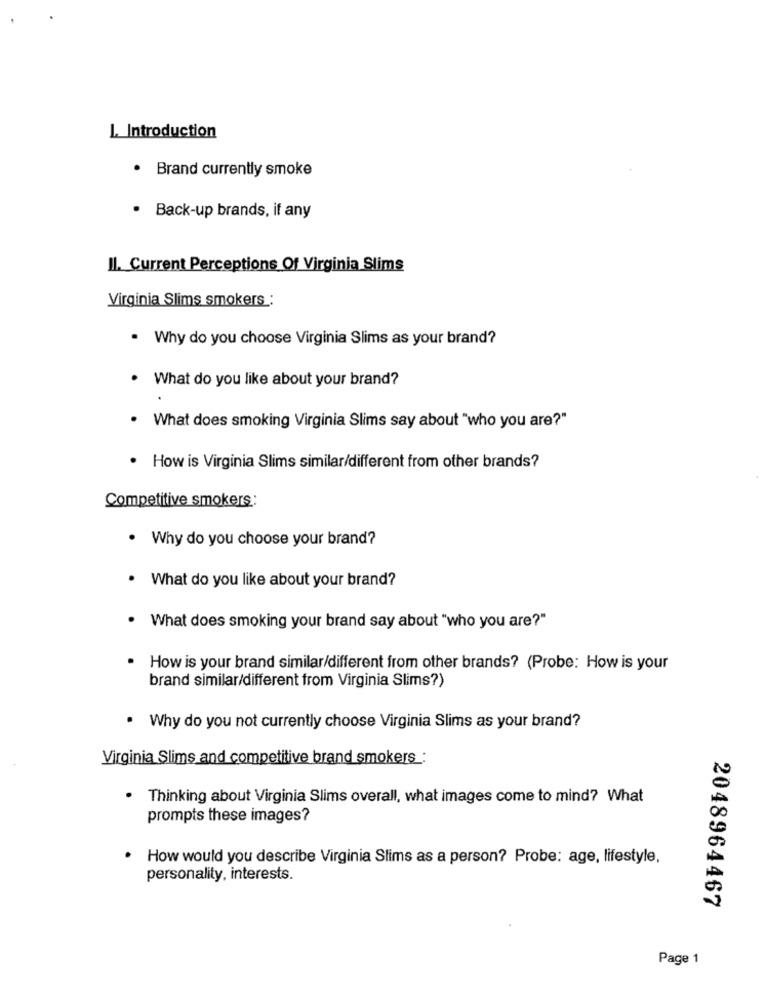
1. Introduction
. Brand currently smoke
· Back-up brands, if any
Il. Current Perceptions Of Virginia Slims
Virginia Slims smokers :
. Why do you choose Virginia Slims as your brand?
. What do you like about your brand?
.
What does smoking Virginia Slims say about "who you are?"
. How is Virginia Slims similar/different from other brands?
Competitive smokers:
. Why do you choose your brand?
. What do you like about your brand?
What does smoking your brand say about "who you are?"
How is your brand similar/different from other brands? (Probe: How is your
brand similar/different from Virginia Slims?)
. Why do you not currently choose Virginia Slims as your brand?
Virginia Slims and competitive brand smokers :
· Thinking about Virginia Slims overall, what images come to mind? What
prompts these images?
· How would you describe Virginia Slims as a person? Probe: age, lifestyle,
personality, interests.
2048964467
Page 1